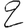
Digit: 2